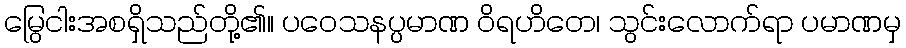
မြွေငါးအစရှိသည်တို့၏။ ပဝေသနပ္ပမာဏ ဝိရဟိတေ၊ သွင်းလောက်ရာ ပမာဏမှ